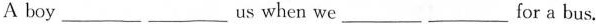
A boy ___ ___ us when we ___ ___ for a bus.